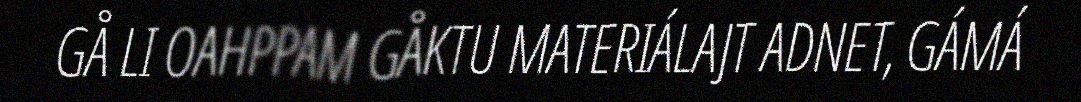
GÅ LI OAHPPAM GÅKTU MATERIÁLAJT ADNET, GÁMÁ